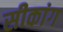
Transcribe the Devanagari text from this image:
सीकांग